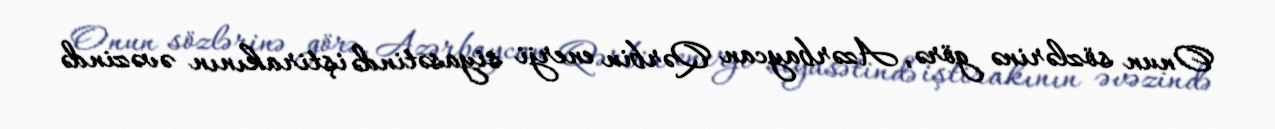
Onun sözlərinə görə, Azərbaycan Qərbin enerji siyasətində iştirakının əvəzində